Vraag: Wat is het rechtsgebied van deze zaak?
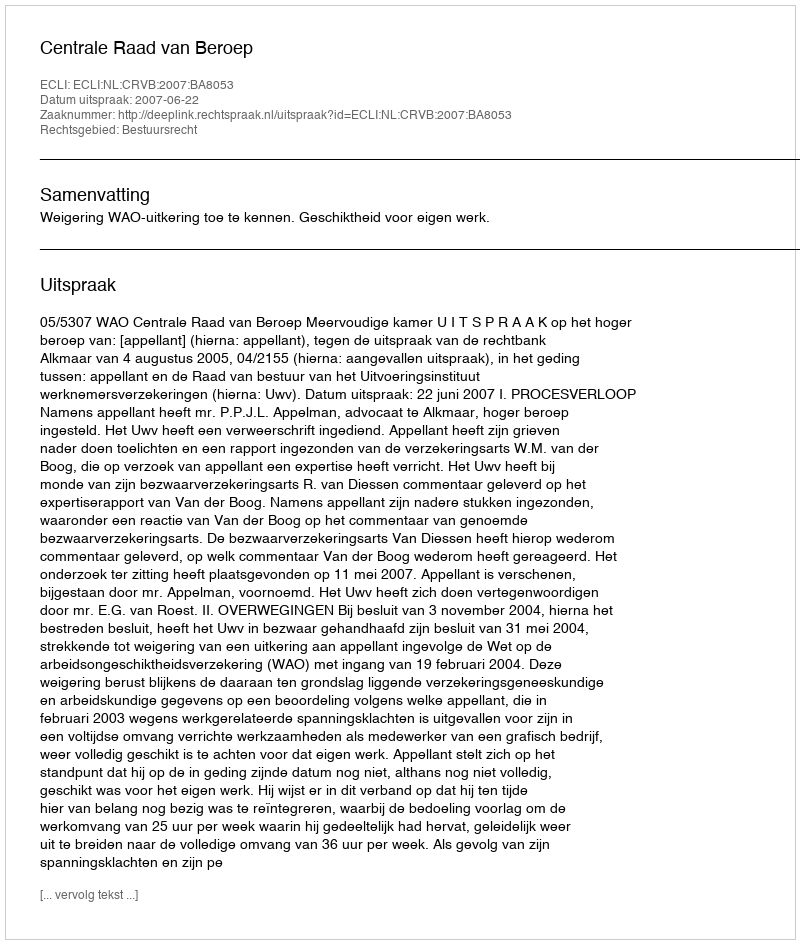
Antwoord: Bestuursrecht